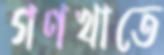
গণখাতে